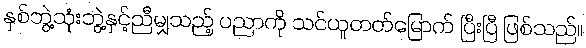
နှစ်ဘွဲ့သုံးဘွဲ့နှင့်ညီမျှသည့် ပညာကို သင်ယူတတ်မြောက် ပြီးပြီ ဖြစ်သည်။